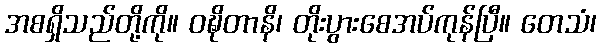
အစရှိသည်တို့ကို။ ဝဍ္ဎိတာနိ၊ တိုးပွားစေအပ်ကုန်ပြီ။ တေသံ၊